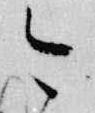
今